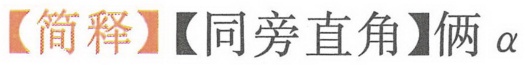
【简释】【同旁直角】俩\(\alpha\)